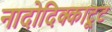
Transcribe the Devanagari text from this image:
नादोदिक्काट्टू